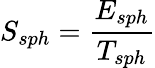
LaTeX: S_{sph}=\frac{E_{sph}}{T_{sph}}